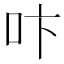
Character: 𠯴